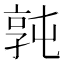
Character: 㝄